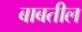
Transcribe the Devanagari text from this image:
बाबतील